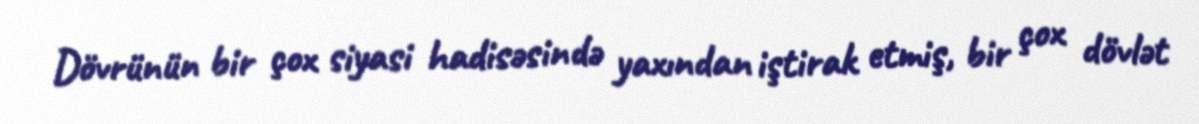
Dövrünün bir çox siyasi hadisəsində yaxından iştirak etmiş, bir çox dövlət